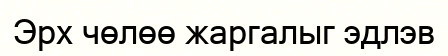
Эрх чөлөө жаргалыг эдлэв